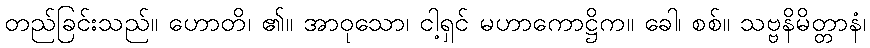
တည်ခြင်းသည်။ ဟောတိ၊ ၏။ အာဝုသော၊ ငါ့ရှင် မဟာကောဋ္ဌိက။ ခေါ၊ စစ်။ သဗ္ဗနိမိတ္တာနံ၊